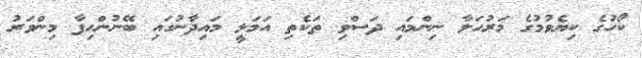
ކޯހުގެ ކިޔެވުމުގެ މަރުހަލާ ނިންމައި ދަސްވި ތަކެތި އަމަލީ މައިދާނުގައި ބޭނުންހިފާ މިންވަރު